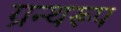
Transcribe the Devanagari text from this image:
ग्रन्थरूप